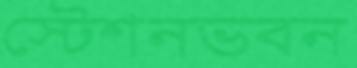
স্টেশনভবন